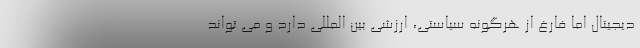
دیجیتال اما فارغ از هرگونه سیاستی، ارزشی بین المللی دارد و می تواند